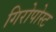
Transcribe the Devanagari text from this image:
गिरोपोस्ट